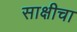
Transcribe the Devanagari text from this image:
साक्षीचा